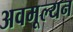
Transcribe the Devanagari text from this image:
अवमूल्‍यन